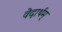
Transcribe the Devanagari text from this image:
वेदार्थम्